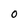
Character: O